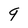
Character: 9